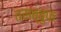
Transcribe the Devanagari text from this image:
तसब्बुफ